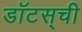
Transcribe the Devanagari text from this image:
डॉटस्‌ची